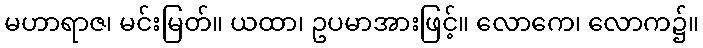
မဟာရာဇ၊ မင်းမြတ်။ ယထာ၊ ဥပမာအားဖြင့်။ လောကေ၊ လောက၌။